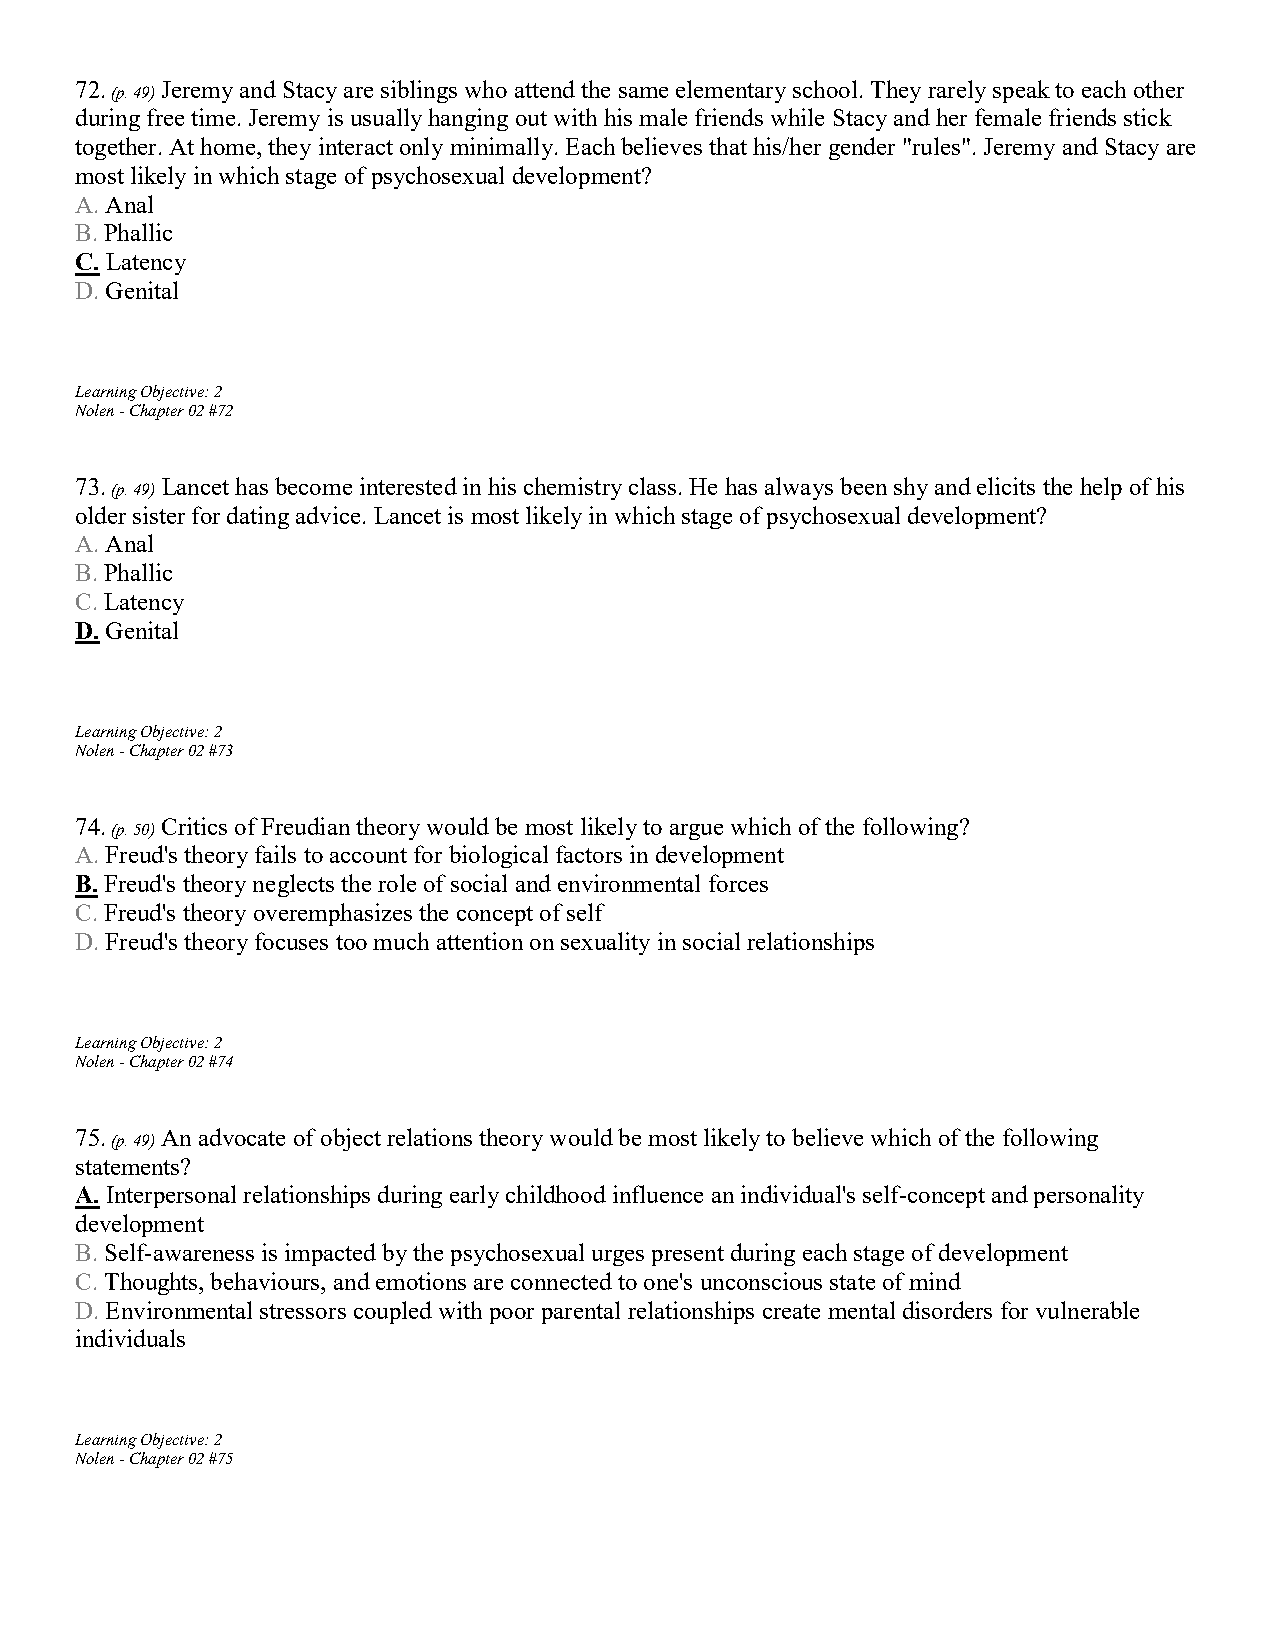
72.   Jeremy and Stacy are siblings who attend the same elementary school. They rarely speak to each other
 (p. 49)
 during free time. Jeremy is usually hanging out with his male friends while Stacy and her female friends stick
 together. At home, they interact only minimally. Each believes that his/her gender "rules". Jeremy and Stacy are
 most likely in which stage of psychosexual development?
 A. Anal
 B. Phallic
 C. Latency
 D. Genital
 Learning Objective: 2
 Nolen - Chapter 02 #72
 73.   Lancet has become interested in his chemistry class. He has always been shy and elicits the help of his
 (p. 49)
 older sister for dating advice. Lancet is most likely in which stage of psychosexual development?
 A. Anal
 B. Phallic
 C. Latency
 D. Genital
 Learning Objective: 2
 Nolen - Chapter 02 #73
 74.   Critics of Freudian theory would be most likely to argue which of the following?
 (p. 50)
 A. Freud's theory fails to account for biological factors in development
 B. Freud's theory neglects the role of social and environmental forces
 C. Freud's theory overemphasizes the concept of self
 D. Freud's theory focuses too much attention on sexuality in social relationships
 Learning Objective: 2
 Nolen - Chapter 02 #74
 75.   An advocate of object relations theory would be most likely to believe which of the following
 (p. 49)
 statements?
 A. Interpersonal relationships during early childhood influence an individual's self-concept and personality
 development
 B. Self-awareness is impacted by the psychosexual urges present during each stage of development
 C. Thoughts, behaviours, and emotions are connected to one's unconscious state of mind
 D. Environmental stressors coupled with poor parental relationships create mental disorders for vulnerable
 individuals
 Learning Objective: 2
 Nolen - Chapter 02 #75